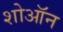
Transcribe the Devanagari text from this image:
शोऑन